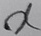
Text: X